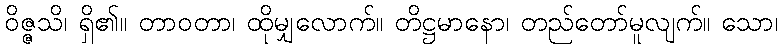
ဝိဇ္ဇသိ၊ ရှိ၏။ တာဝတာ၊ ထိုမျှလောက်။ တိဋ္ဌမာနော၊ တည်တော်မူလျက်။ သော၊